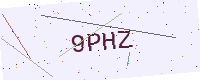
Text: 9PHZ